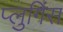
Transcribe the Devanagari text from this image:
प्लुगिंस